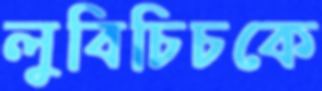
লুবিচিচকে